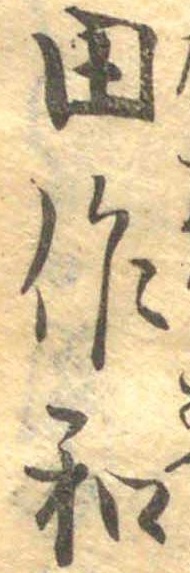
田作和